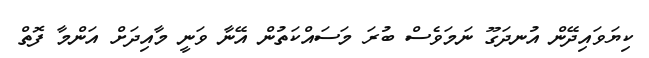
ކިޔަވައިދޭން އުނދަގޫ ނަމަވެސް ބުރަ މަސައްކަތުން އޭނާ ވަނީ މާއިދަށް އަންމާ ފޮތް